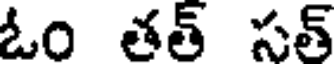
ఓం తత్ సత్